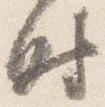
時